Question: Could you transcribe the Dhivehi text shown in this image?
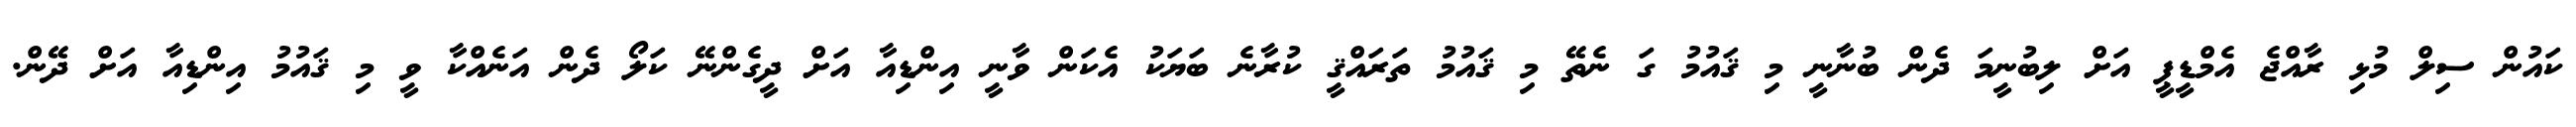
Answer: ކައުން ސިލް މުޅި ރާއްޖެ އެމްޑީޕީ އަށް ލިބުނީމަ ދެން ބުނާނީ މި ޤައުމު ގަ ނެތޭ މި ޤައުމު ތަރައްޤީ ކުރާނެ ބަޔަކު އެކަން ވާނީ އިންޑިއާ އަށް ދީގެންނޭ ކަލޯ ދެން އަނެއްކާ ވީ މި ޤައުމު އިންޑިއާ އަށް ދޭން.